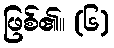
ဖြစ်၏။ (၆)